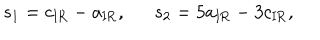
LaTeX: s _ { 1 } = c _ { \mathrm { I R } } - a _ { \mathrm { I R } } , s _ { 2 } = 5 a _ { \mathrm { I R } } - 3 c _ { \mathrm { I R } } ,